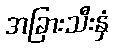
အခြားသီးနှံ